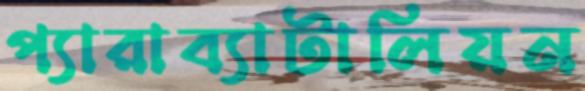
প্যারাব্যাটালিয়ন